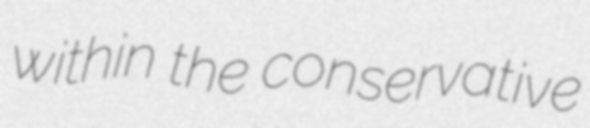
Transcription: within the conservative